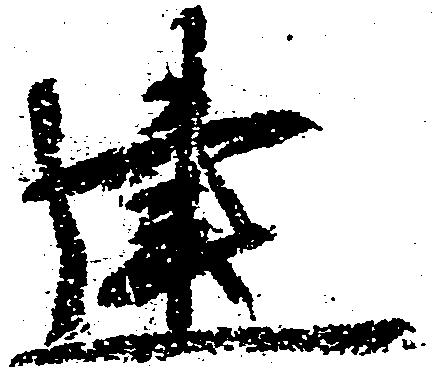
建